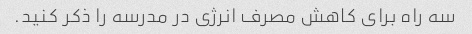
سه راه برای کاهش مصرف انرژی در مدرسه را ذکر کنید.